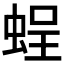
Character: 𧋸